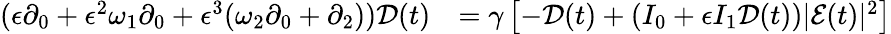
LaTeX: \begin{array}{rl}{(\epsilon\partial_{0}+\epsilon^{2}\omega_{1}\partial_{0}+\epsilon^{3}(\omega_{2}\partial_{0}+\partial_{2}))\mathcal{D}(t)}&{=\gamma\left[-\mathcal{D}(t)+(I_{0}+\epsilon I_{1}\mathcal{D}(t))|\mathcal{E}(t)|^{2}\right]}\end{array}